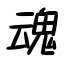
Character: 魂